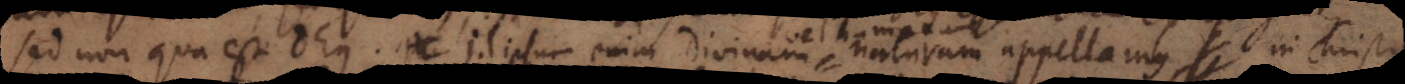
sed non qua est Deus. Id ipsum enim Divinam naturam appellamus in Christo,